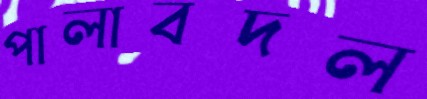
পালাবদল